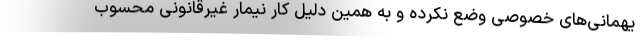
یهمانی‌های خصوصی وضع نکرده و به همین دلیل کار نیمار غیرقانونی محسوب